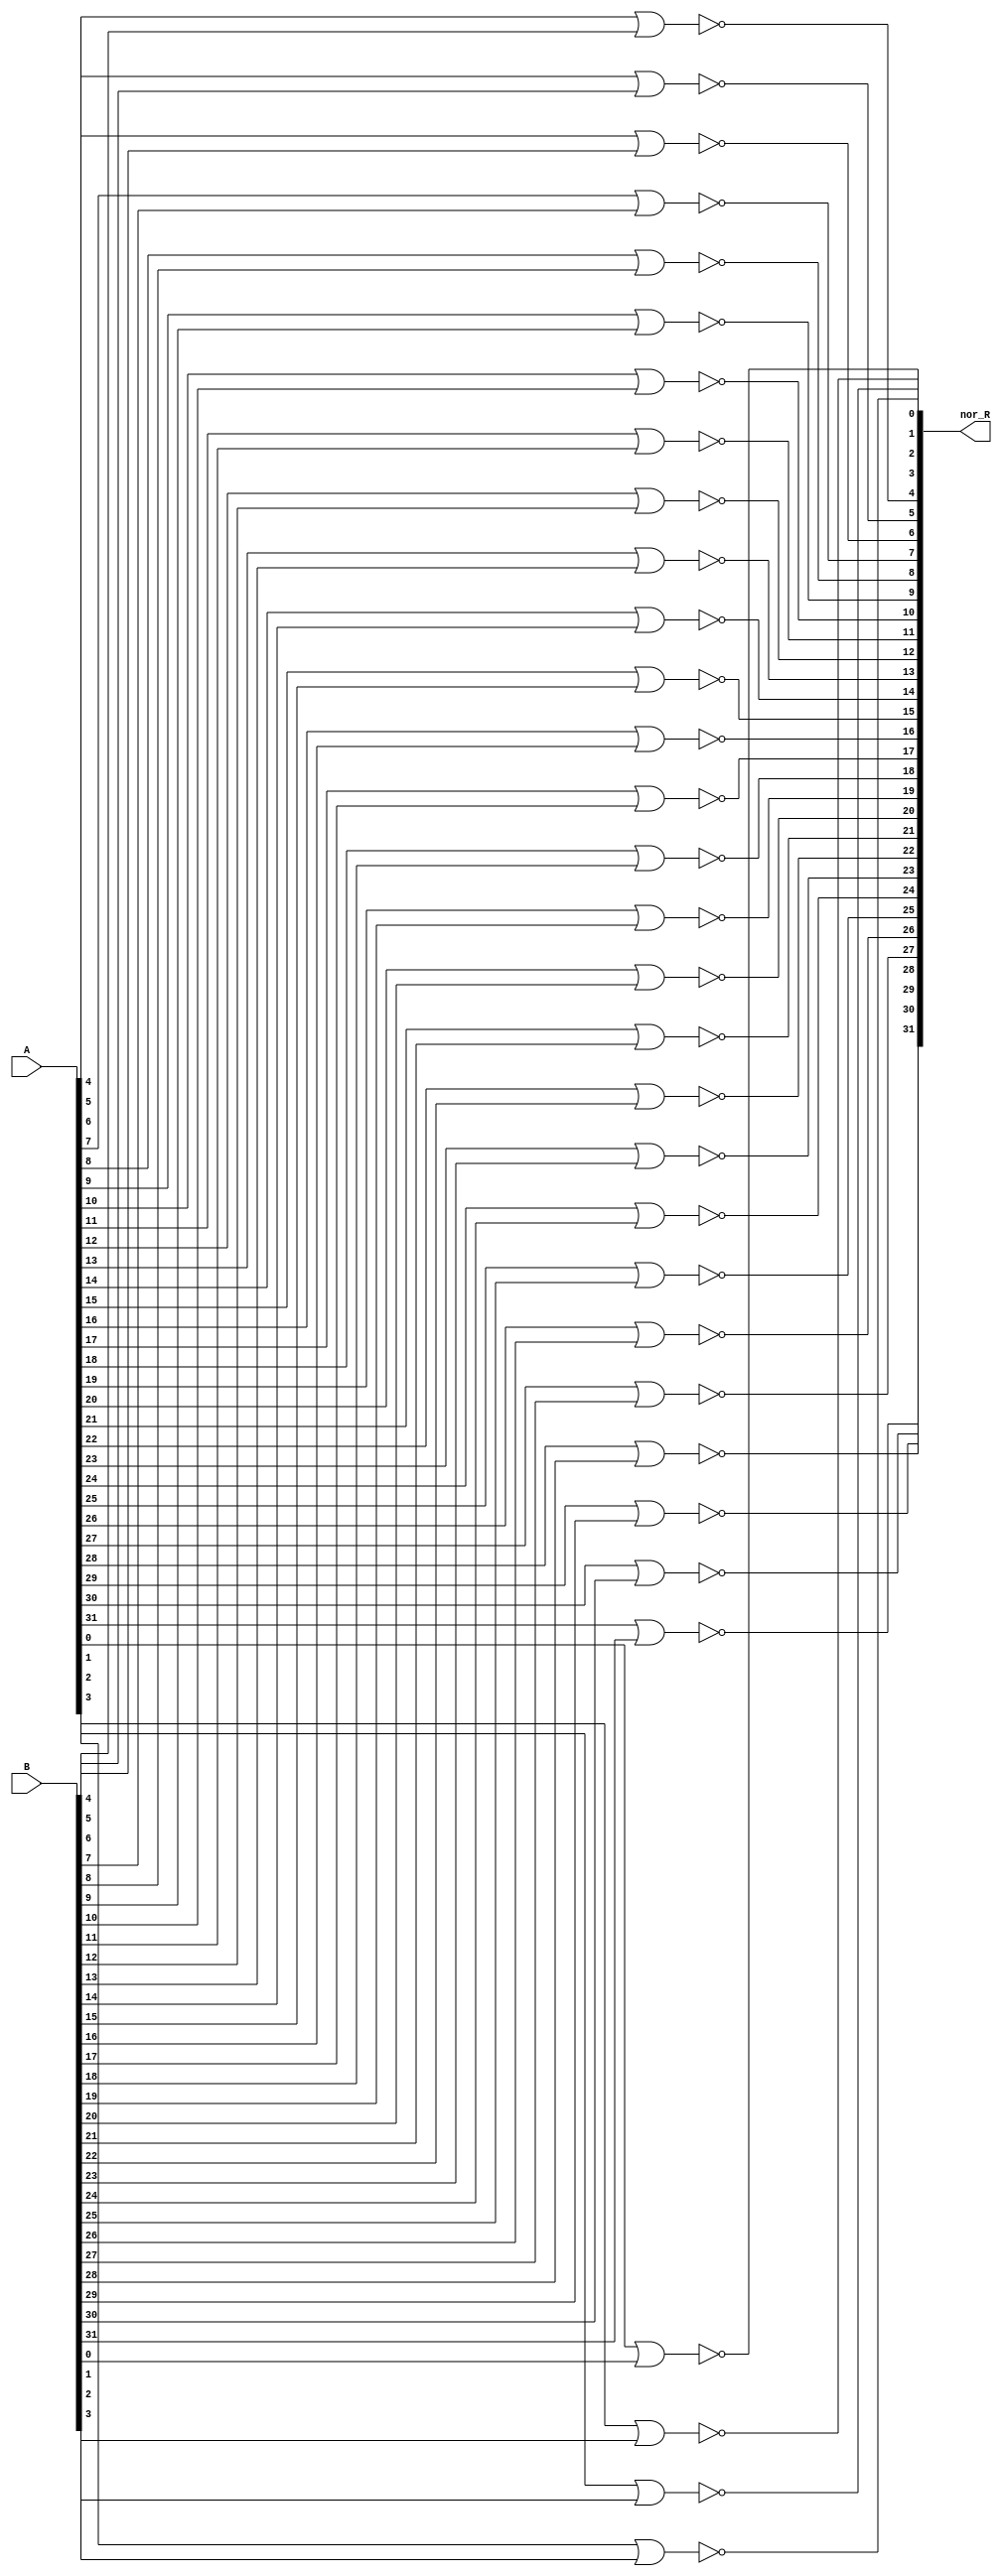
module nor_A_B(nor_R,A,B);

output [31:0] nor_R;
input [31:0] A,B;

nor norOperation1(nor_R[0],A[0],B[0]);
nor norOperation2(nor_R[1],A[1],B[1]);
nor norOperation3(nor_R[2],A[2],B[2]);
nor norOperation4(nor_R[3],A[3],B[3]);
nor norOperation5(nor_R[4],A[4],B[4]);
nor norOperation6(nor_R[5],A[5],B[5]);
nor norOperation7(nor_R[6],A[6],B[6]);
nor norOperation8(nor_R[7],A[7],B[7]);
nor norOperation9(nor_R[8],A[8],B[8]);
nor norOperation10(nor_R[9],A[9],B[9]);
nor norOperation11(nor_R[10],A[10],B[10]);
nor norOperation12(nor_R[11],A[11],B[11]);
nor norOperation13(nor_R[12],A[12],B[12]);
nor norOperation14(nor_R[13],A[13],B[13]);
nor norOperation15(nor_R[14],A[14],B[14]);
nor norOperation16(nor_R[15],A[15],B[15]);
nor norOperation17(nor_R[16],A[16],B[16]);
nor norOperation18(nor_R[17],A[17],B[17]);
nor norOperation19(nor_R[18],A[18],B[18]);
nor norOperation20(nor_R[19],A[19],B[19]);
nor norOperation21(nor_R[20],A[20],B[20]);
nor norOperation22(nor_R[21],A[21],B[21]);
nor norOperation23(nor_R[22],A[22],B[22]);
nor norOperation24(nor_R[23],A[23],B[23]);
nor norOperation25(nor_R[24],A[24],B[24]);
nor norOperation26(nor_R[25],A[25],B[25]);
nor norOperation27(nor_R[26],A[26],B[26]);
nor norOperation28(nor_R[27],A[27],B[27]);
nor norOperation29(nor_R[28],A[28],B[28]);
nor norOperation30(nor_R[29],A[29],B[29]);
nor norOperation31(nor_R[30],A[30],B[30]);
nor norOperation32(nor_R[31],A[31],B[31]);


endmodule